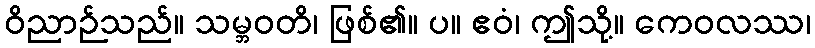
ဝိညာဉ်သည်။ သမ္ဘဝတိ၊ ဖြစ်၏။ ပ။ ဧဝံ၊ ဤသို့။ ကေဝလဿ၊